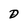
Character: D